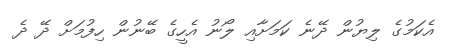
އެކަމުގެ ލިޔުން ދޭނެ ކަމަށާއި ލޯނު އެހީގެ ބޭނުން ހިފުމަށް ދޭ ދެ